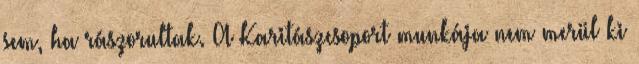
sem, ha rászorultak. A Karitászcsoport munkája nem merül ki